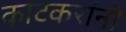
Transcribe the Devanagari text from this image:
काटकरांनी